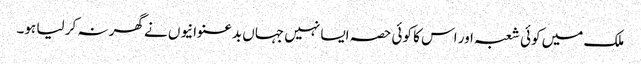
ملک میں کوئی شعبہ اور اس کا کوئی حصہ ایسا نہیں جہاں بدعنوانیوں نے گھر نہ کر لیا ہو۔